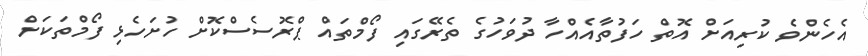
އެހެންވެ ކުރިއަށް އޮތް ހަފުތާއެއްހާ ދުވަހުގެ ތެރޭގައި ފޯމްތައް ޕްރޮސެސްކޮށް ހުށަހެޅި ފޯމްތަކަށް